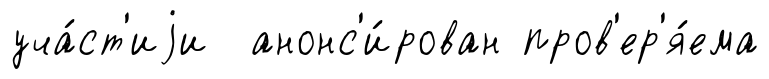
уча́ст'иjи анонс'и́рован пров'ер'я́ема